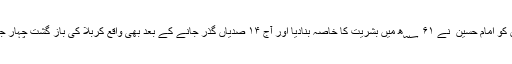
اور یہی وہ صفات ہیں جن کو امام حسین ؑ نے ۶۱ ؁ھ میں بشریت کا خاصہ بنادیا اور آج ۱۴ صدیاں گذر جانے کے بعد بھی واقع کربلا کی باز گشت چہار جانب سنائی دے رہی ہے ۔